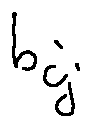
b _ { i _ { j } }